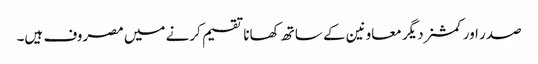
صدر اور کمشنردیگر معاونین کے ساتھ کھانا تقسیم کرنے میں مصروف ہیں۔